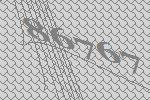
86767